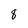
Character: 8